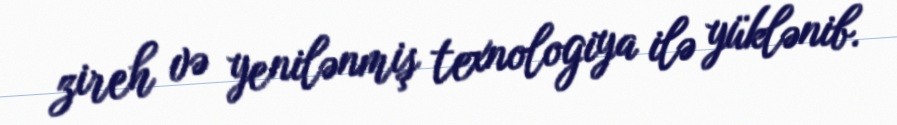
zireh və yenilənmiş texnologiya ilə yüklənib.